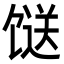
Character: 𩠌